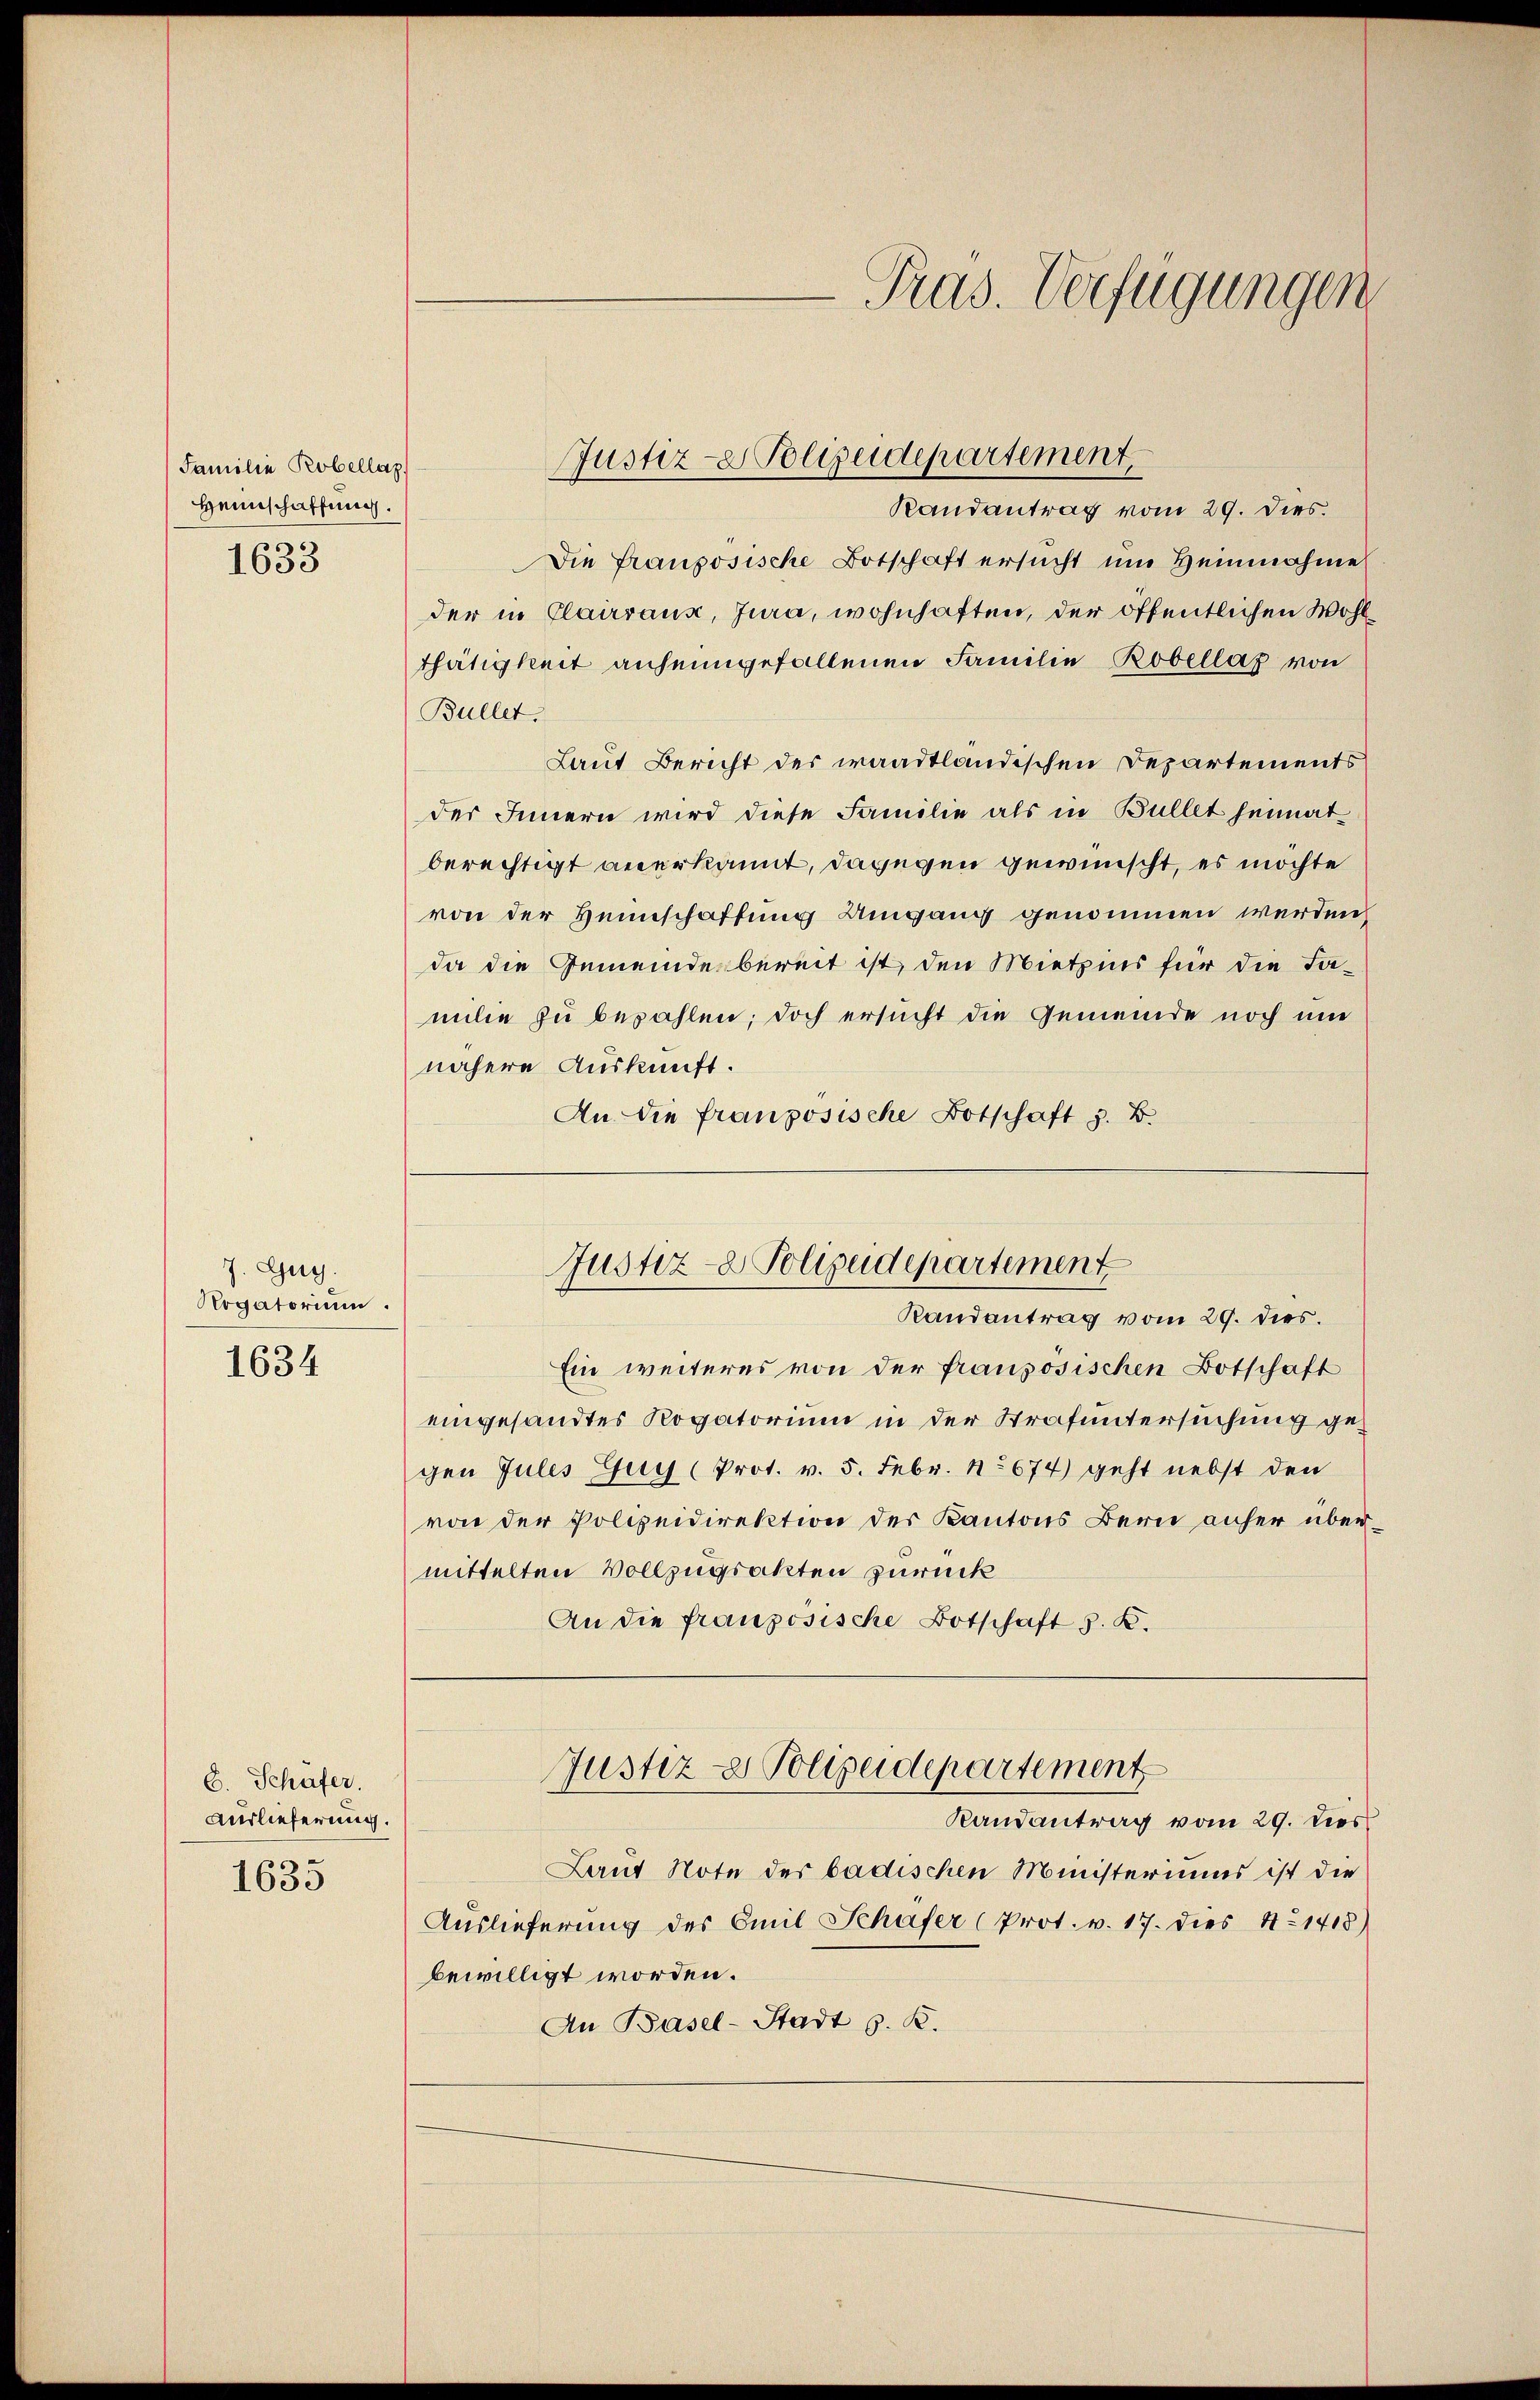
Familie Robellaz
Heimschaffung.

1633

7. Zug.
Rogatorium.

1634

C. Schäfer.
Auslieferung.

1635

Justiz- & Polizeidepartement.

Pras. Verfügungen

Randantrag vom 29. Dies.
Die französische Botschaft ersucht um Heinnahme
der in Clairraus, Jura, wohnhaften, der öffentlichen Wohlthätigkeit anheimgefallenen Familie Bobellaz von
Büller.
Laut Bericht des waadtländischen Departements
der Innern wird diese Familie als in Bullet heimat
berechtigt anerkannt, dagegen gewünscht, es möchte
von der Heimschaffung Umgang genommen werden
da die Gemeinde bereit ist, den Mietzins für die Famile zu bezahlen; doch ersucht die Gemeinde noch um
nähere Auskunft.
An die französische Botschaft z. B.
Ein weiteres von der französischen Botschaft
eingesandtes Rogatorium in der Strafuntersuchung gegen Jules Guy (Prot. v. 5. Febr. 1674) geht nebst den
von der Polizeidirektion der Kantons Bern anher übermittelten Vollzugsakten zurück
An die französische Botschaft S. K.
Justiz- & Polizeidepartement
Randantrag vom 29. dies
Laut Note der badischen Ministeriums ist die
Auslieferung des Emil Schafer (Prot. v. 17. dies No 1418)
bewilligt worden.
An Basel-Stadt s. B.

Justiz- & Polizeidepartement
Randantrag vom 29. dies.